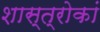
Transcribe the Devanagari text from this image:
शास्त्रोकां